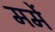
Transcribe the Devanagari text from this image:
मर्मे